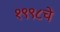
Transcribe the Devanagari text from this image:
१९९८चे